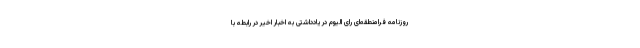
روزنامه فرامنطقه‌ای رای الیوم در یادداشتی به اخبار اخیر در رابطه با